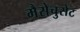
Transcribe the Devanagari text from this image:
मैसेचुसेट